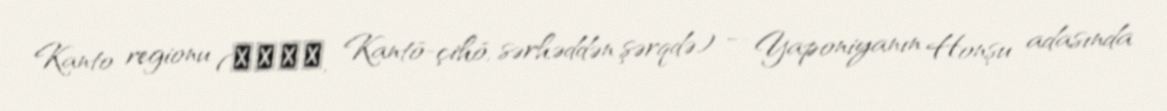
Kanto regionu (関東地方, Kantō-çihō, sərhəddən şərqdə) — Yaponiyanın Honşu adasında